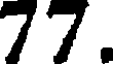
77.